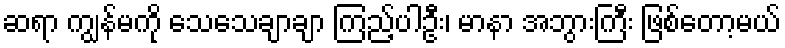
ဆရာ ကျွန်မကို သေသေချာချာ ကြည့်ပါဦး၊ မာနာ အဘွားကြီး ဖြစ်တော့မယ်